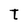
Character: T